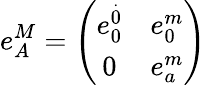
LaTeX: e_{A}^{M}=\left(\begin{array}{cc}{{e_{0}^{\stackrel{.}{0}}}}&{{e_{0}^{m}}}\\ {{0}}&{{e_{a}^{m}}}\end{array}\right)